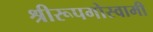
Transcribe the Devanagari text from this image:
श्रीरूपगोस्वामी